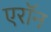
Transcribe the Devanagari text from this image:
एराॅन